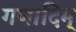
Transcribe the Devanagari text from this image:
गणादिम्